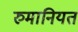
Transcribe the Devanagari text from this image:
रुमानियत